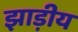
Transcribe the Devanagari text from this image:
झाड़ीय